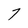
Character: 7